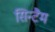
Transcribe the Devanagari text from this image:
सिन्टैम